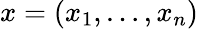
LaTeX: x=(x_{1},\ldots,x_{n})